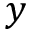
y